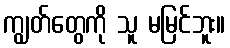
ကျွတ်တွေကို သူ မမြင်ဘူး။